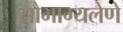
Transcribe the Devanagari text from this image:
सौभाग्यलेणे